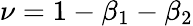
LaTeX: \nu=1-\beta_{1}-\beta_{2}